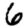
Digit: 6